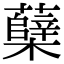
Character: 蘖